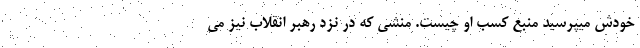
خودش میپرسید منبع کسب او چیست. مَنِشی که در نزد رهبر انقلاب نیز می